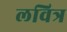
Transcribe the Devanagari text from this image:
लवित्र